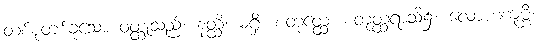
တစ်စုံတစ်ခုသော ဝတ္ထုသည်။ နတ္ထိ၊ မရှိ။ စတုတ္ထေ၊ စတုတ္ထရာသိ၌။ လောဟကုမ္ဘီ၊